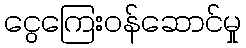
ငွေကြေးဝန်ဆောင်မှု